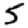
Digit: 5